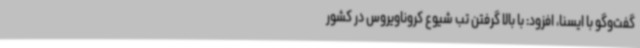
گفت‌وگو با ایسنا، افزود: با بالا گرفتن تب شیوع کروناویروس در کشور